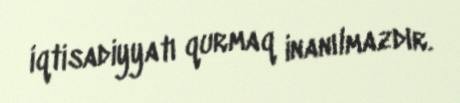
iqtisadiyyatı qurmaq inanılmazdır.